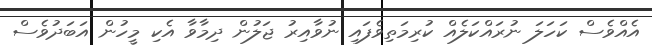
އެއްވެސް ކަހަލަ ނުރައްކަލެއް ކުރިމަތިވެފައި ނުވާއިރު ޖަލުން ދިމާވާ އެކި މީހުން އަބަދުވެސް